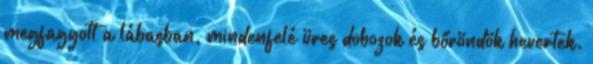
megfagyott a lábasban, mindenfelé üres dobozok és bőröndök hevertek.